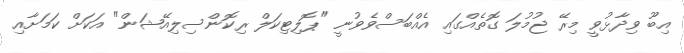
އިބޫ ވިދާޅުވީ މިރޭ ޖުމުލަ ގޮތެއްގައި އެއްބަސްވެވުނީ "ޕޮލިޓިކަލް ރިކޮންސިލިއޭޝަން" އަކަށް ކަމަށާއި